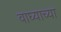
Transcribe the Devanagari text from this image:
वाघ्याच्या